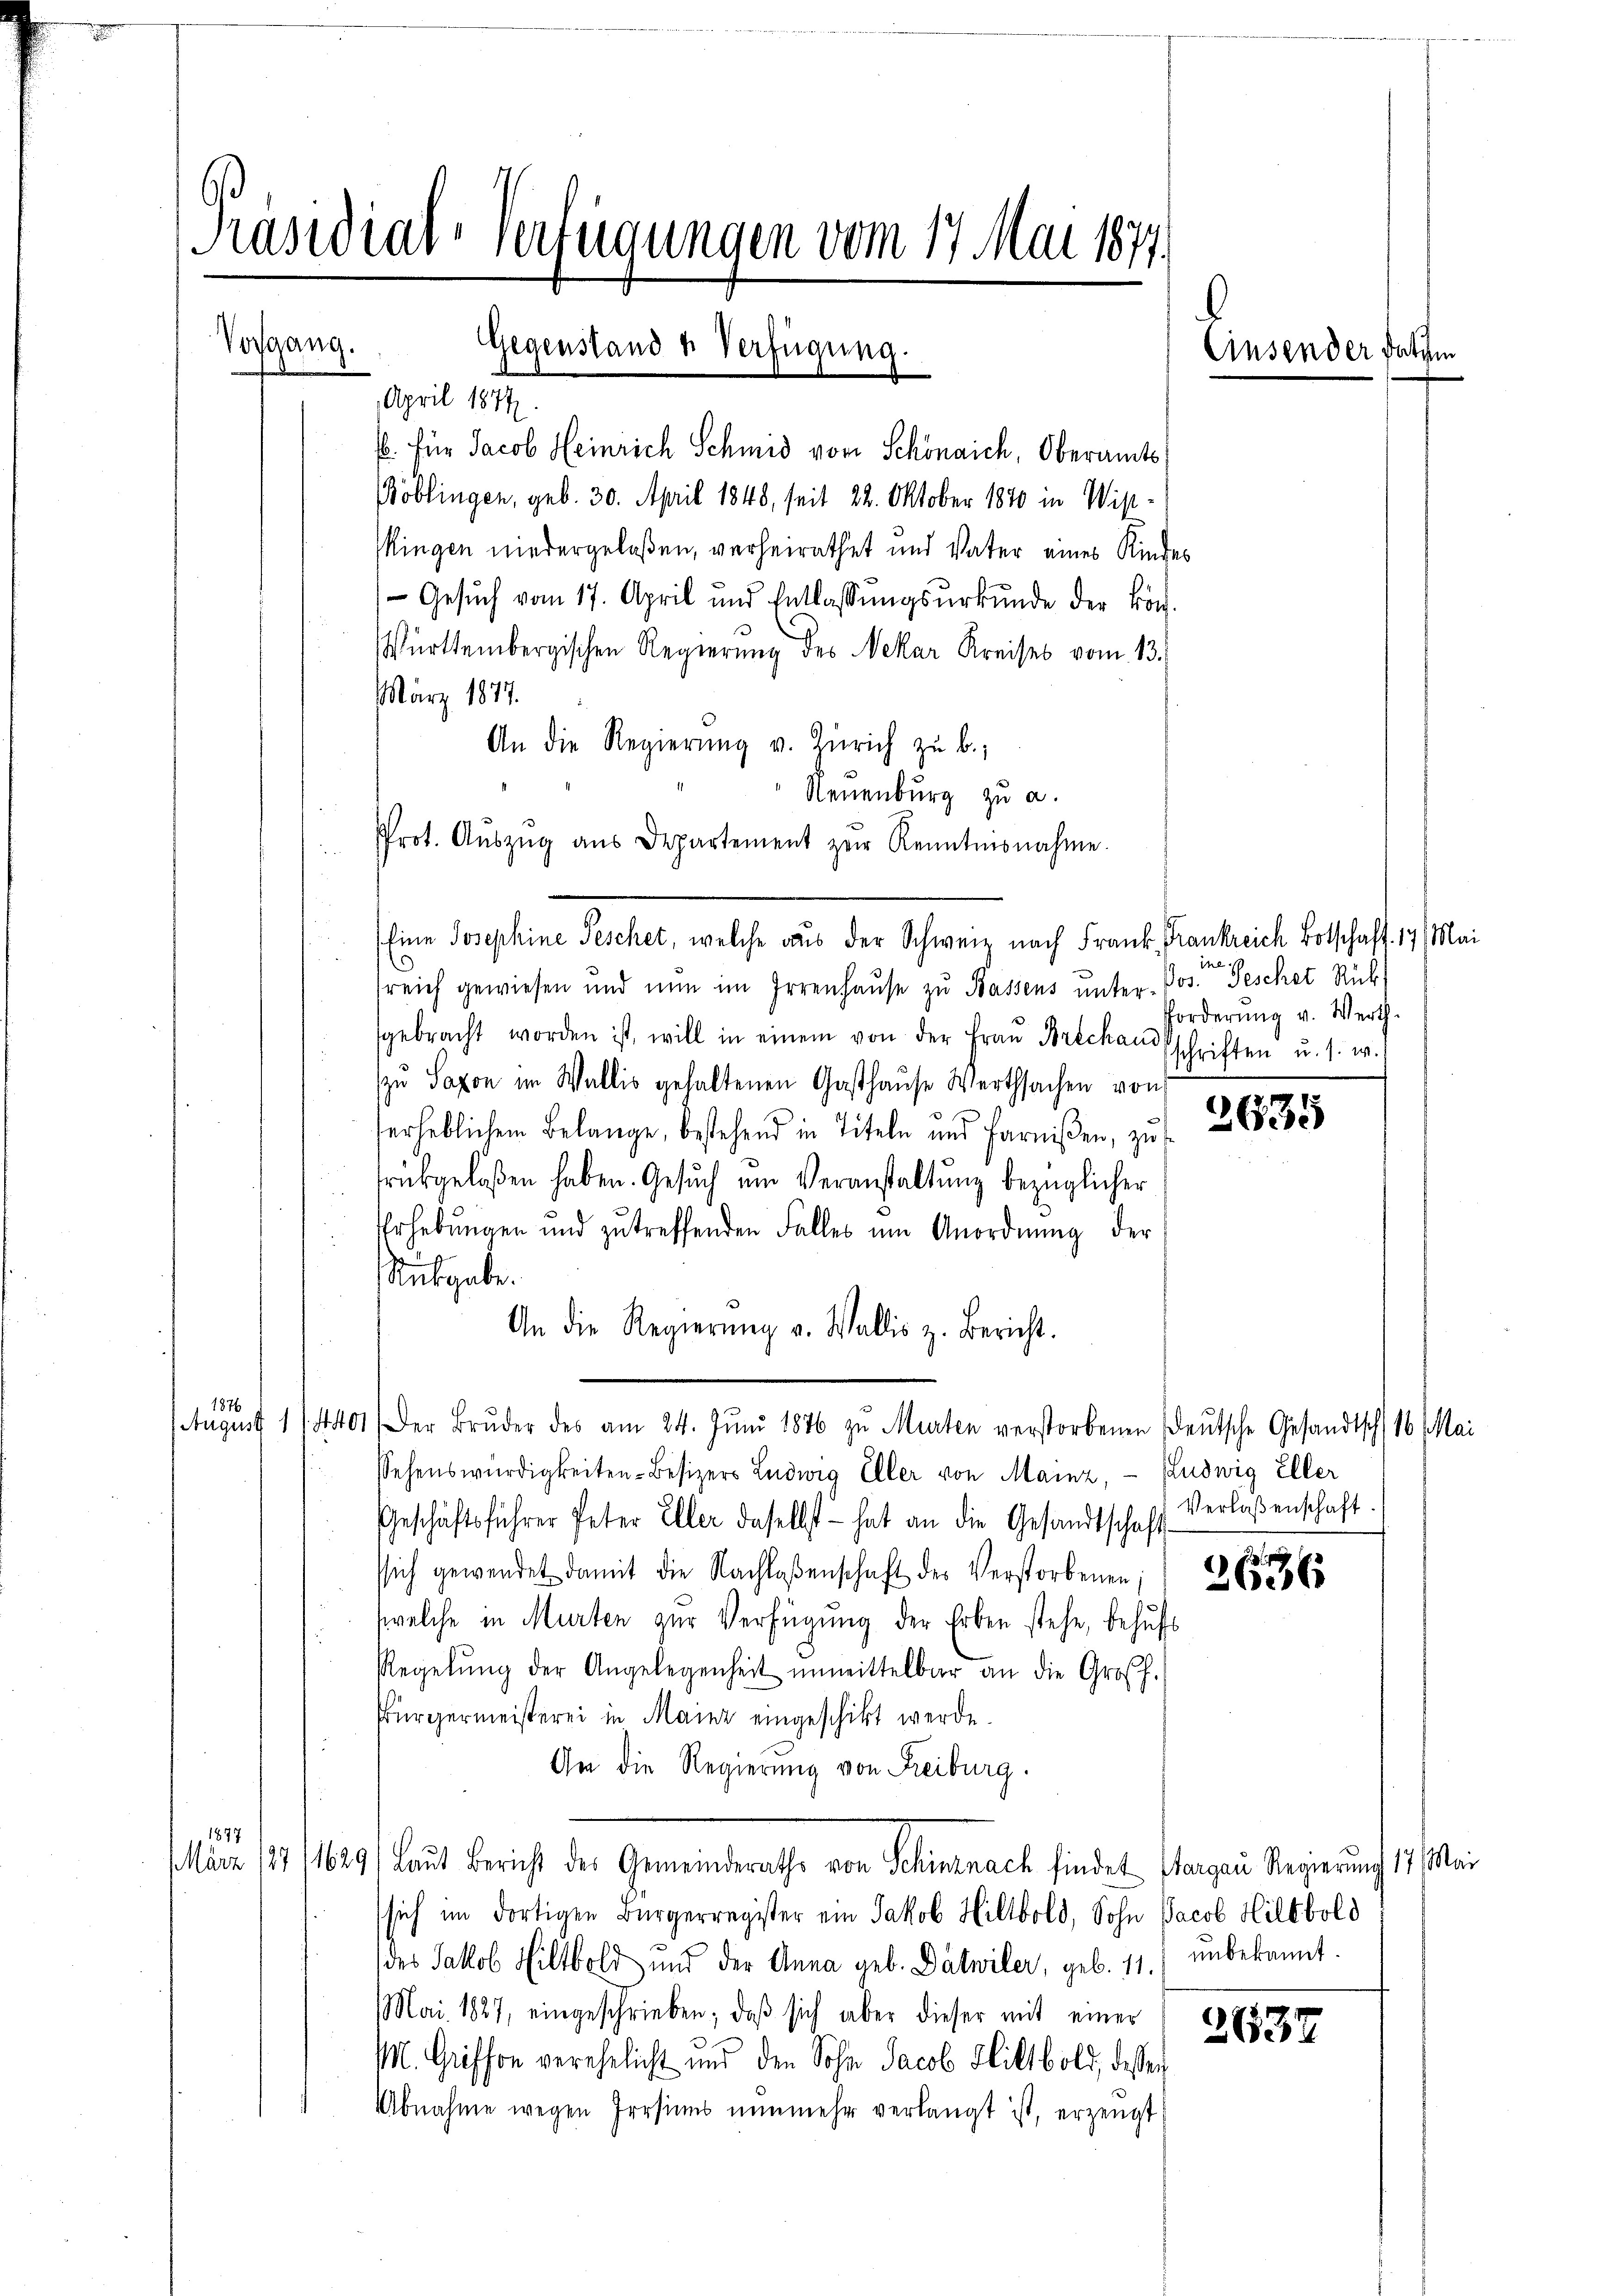
Präsidial-Verfügungen vom 17. Mai 1877.

b. für Jacob Heinrich Schmid von Schönaich, Oberamts¬
Böblingen, geb. 30. April 1848, seit 22. Oktober 1870 in Wiskingen niedergelaßen, verheirathet und Vater eines Kindes
Gesŭch vom 17. April und Entlassŭngsŭrkŭnde der kön-
Württembergischen Regierung des Nekar Kreises vom 13.
März 1877.
An die Regierŭng v. Zürich zŭ b.;
Neuenburg zu a.
sreich gewiesen und nun im Irrenhaŭse zu Bassens unter Pos. Gescher Rück
gebracht worden ist, will in einem von der Frau Breckauschriften u. s. w.
zu Saxon im Wallis gehaltenen Gasthause Werthsachen von
verheblichem Belange, bestehend in Titeln und farnißen, zu
frükgelaßen haben. Gesŭch ŭm Veranstaltung bezüglicher
Erhebungen und zu treffenden Falles um Anordnung der
Rubgabe.
An die Regierŭng v. Wallis z. Bericht.
1876
August 1/4 401
Der Brŭder des am 24. Jŭni 1876 zu Murten verstorbenen Deutsche Gesandtsch 16 Mai
Sehenswürdigkeiten-Besizers Ludwig Eller von Mainz, - Kludwig Eller
Geschäftsführer Peter Eller daselbst hat an die Gesandtschaft Verlaßenschaft.
sich gewendet damit die Nachlaßenschaft des Verstorbenen; 2
 welche in Murten zŭr Verfügung der Erben stehe, behŭfs
Regelŭng der Angelegenheit unmittelbar an die Großh.
Bürgermeisterei in Mainz eingeschikt werde.
An die Regierung von Freiburg.
1877
März 17/1629) laut Bericht der Gemeinderathe von Schinsnach findet Margau Regierung 17. Mai
sich im dortigen Bürgerregister ein Jakob Hillbold, Sohn Jacob Hiltbold
des Jakob Hiltbold und der Anna geb. Dätwiler, geb. 11. ŭnbekannt.
Mai. 1827, eingeschrieben, daβ sich aber dieser mit einer
M. Griffen verehelicht und den Sohn Jacob Flittbold, dessen
Abnahme wegen Persins nŭnmehr verlangt ist, erzeugt

Vorgang.

Gegenstand u. Verfügung.
April 1874

Prot. Aŭszŭg aŭs Departement zŭr Kenntnisnahme.
Eine Josephine Peschet, welche aus der Schweiz nach Frank, Frankreich Botschaft. 17 Mai

6
Ausender so

ihe
Forderung v. Werth

2635

2637